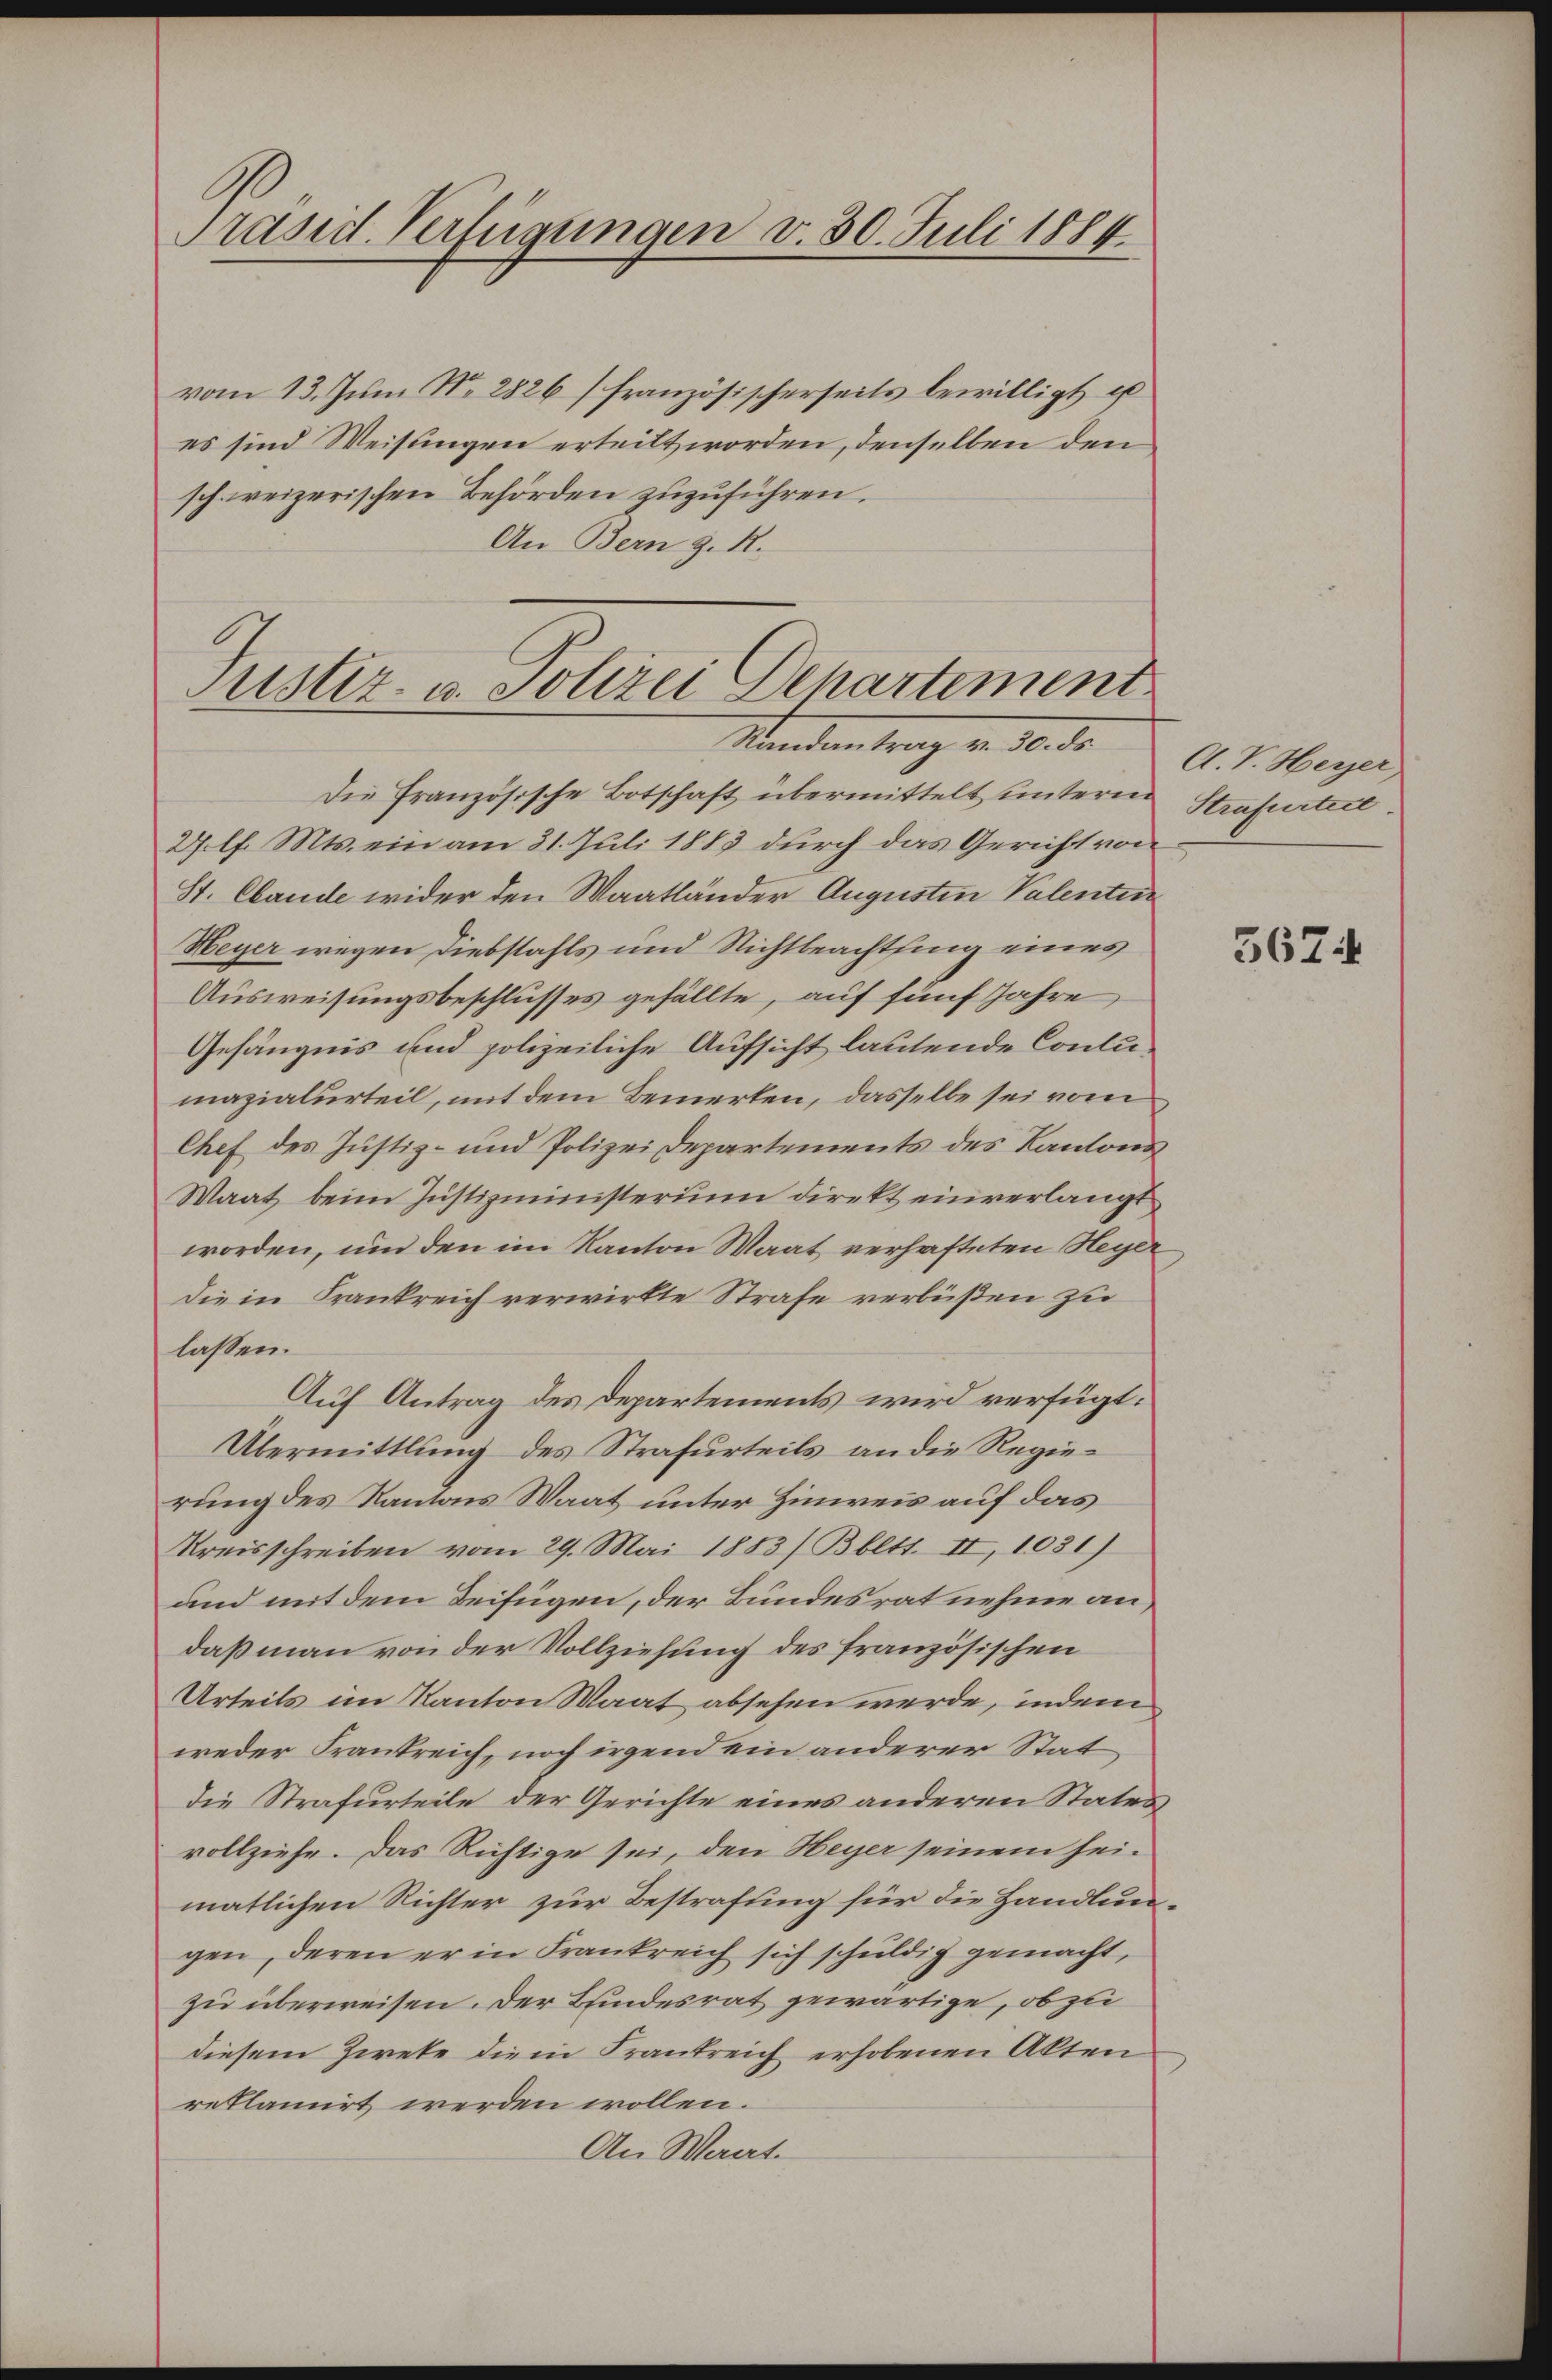
Präsid. Verfügungen v. 30. Juli 1884.

vom 13. Juni Nr. 2826] französischerseits bewilligt, u
es sind Weisungen erteilt worden, denselben den
schweizerischen Behörden zuzuführen.
An Bern z. R.

Justiz- u. Polizei Departement
Standentrag v. 10. de
Die Französische Botschaft übermittelt untern Strafurteil.

2. l. Mts. ein am 31. Juli 1883 durch das Gericht von
St. Ebende wider den Waatländer Augusten Valentin
Heyer wegen Diebstahls und Nichtbeachtung eines
Ausweisungsbeschlusses gefällte, auf fünf Jahre
Gefängnis und polizeiliche Aufsicht lautende Contumazialurteil, mit dem Bemerken, dasselbe sei vom
Chef des Justiz- und Polizei Departements des Kantons
Waat beim Justizministerium direkt einverlangt
worden, und den im Kanton Waat verhafteten Heyer
Die in Frankreich verwirkte Strafe verbüßen zu
lassen.
Auf Antrag des Departements wird verfügt:
Übermittlung des Strafurteils an die Regierung des Kantons Waat unter Hinweis auf das
Kreisschreiben vom 29. Mai 1883/ Bbltt. II, 1031)
und mit dem Beifügen, der Bundesrat nehme andaß man von der Vollziehung des französischen
Urteils im Kanton Maat absehen werde, indem
weder Frankreich, noch irgend ein anderer Stat
die Strafurteile der Gerichte eines anderen States
vollziehe. Das Richtige sei, den Heyer seinem heimatlichen Richter zur Bestrafung für die Handlungen, deren er in Frankreich sich schuldig gemacht,
zu überweisen. Der Bindesrat gewärtige, ob zu
diesem Zweke die in Frankreich erhobenen Akten
reklamirt werden wollen.
An Mart.

A. V. Heyer

3674